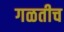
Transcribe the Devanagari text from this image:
गळतीच